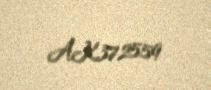
AK372559